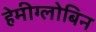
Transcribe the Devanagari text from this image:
हेमीग्लोबिन